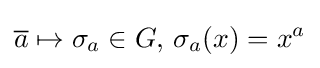
{\overline {a}}\mapsto \sigma _{a}\in G,\,\sigma _{a}(x)=x^{a}